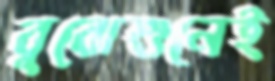
বুঝেশুনেই